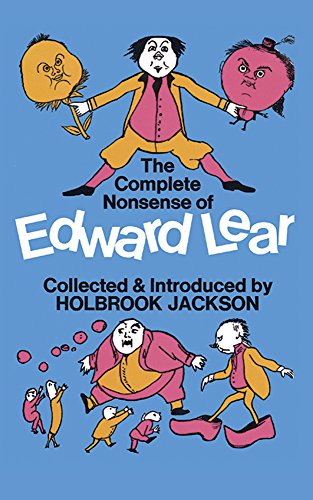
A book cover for The Complete Nonsense of Edward Lear; Edward Lear; Humor & Entertainment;